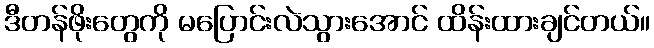
ဒီတန်ဖိုးတွေကို မပြောင်းလဲသွားအောင် ထိန်းထားချင်တယ်။